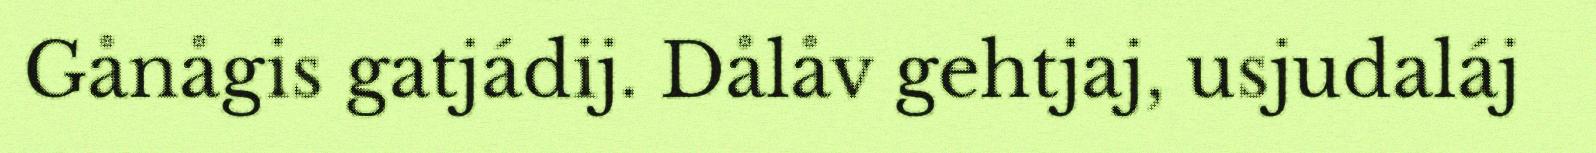
Gånågis gatjádij. Dålåv gehtjaj, usjudaláj